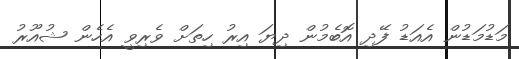
މަޑުމަޑުން އެއަޑު ފޭދި އޮބެމުން ދިޔަ އިރު ހިތަށް ވެރިވީ އެހެން ޝުއޫރު